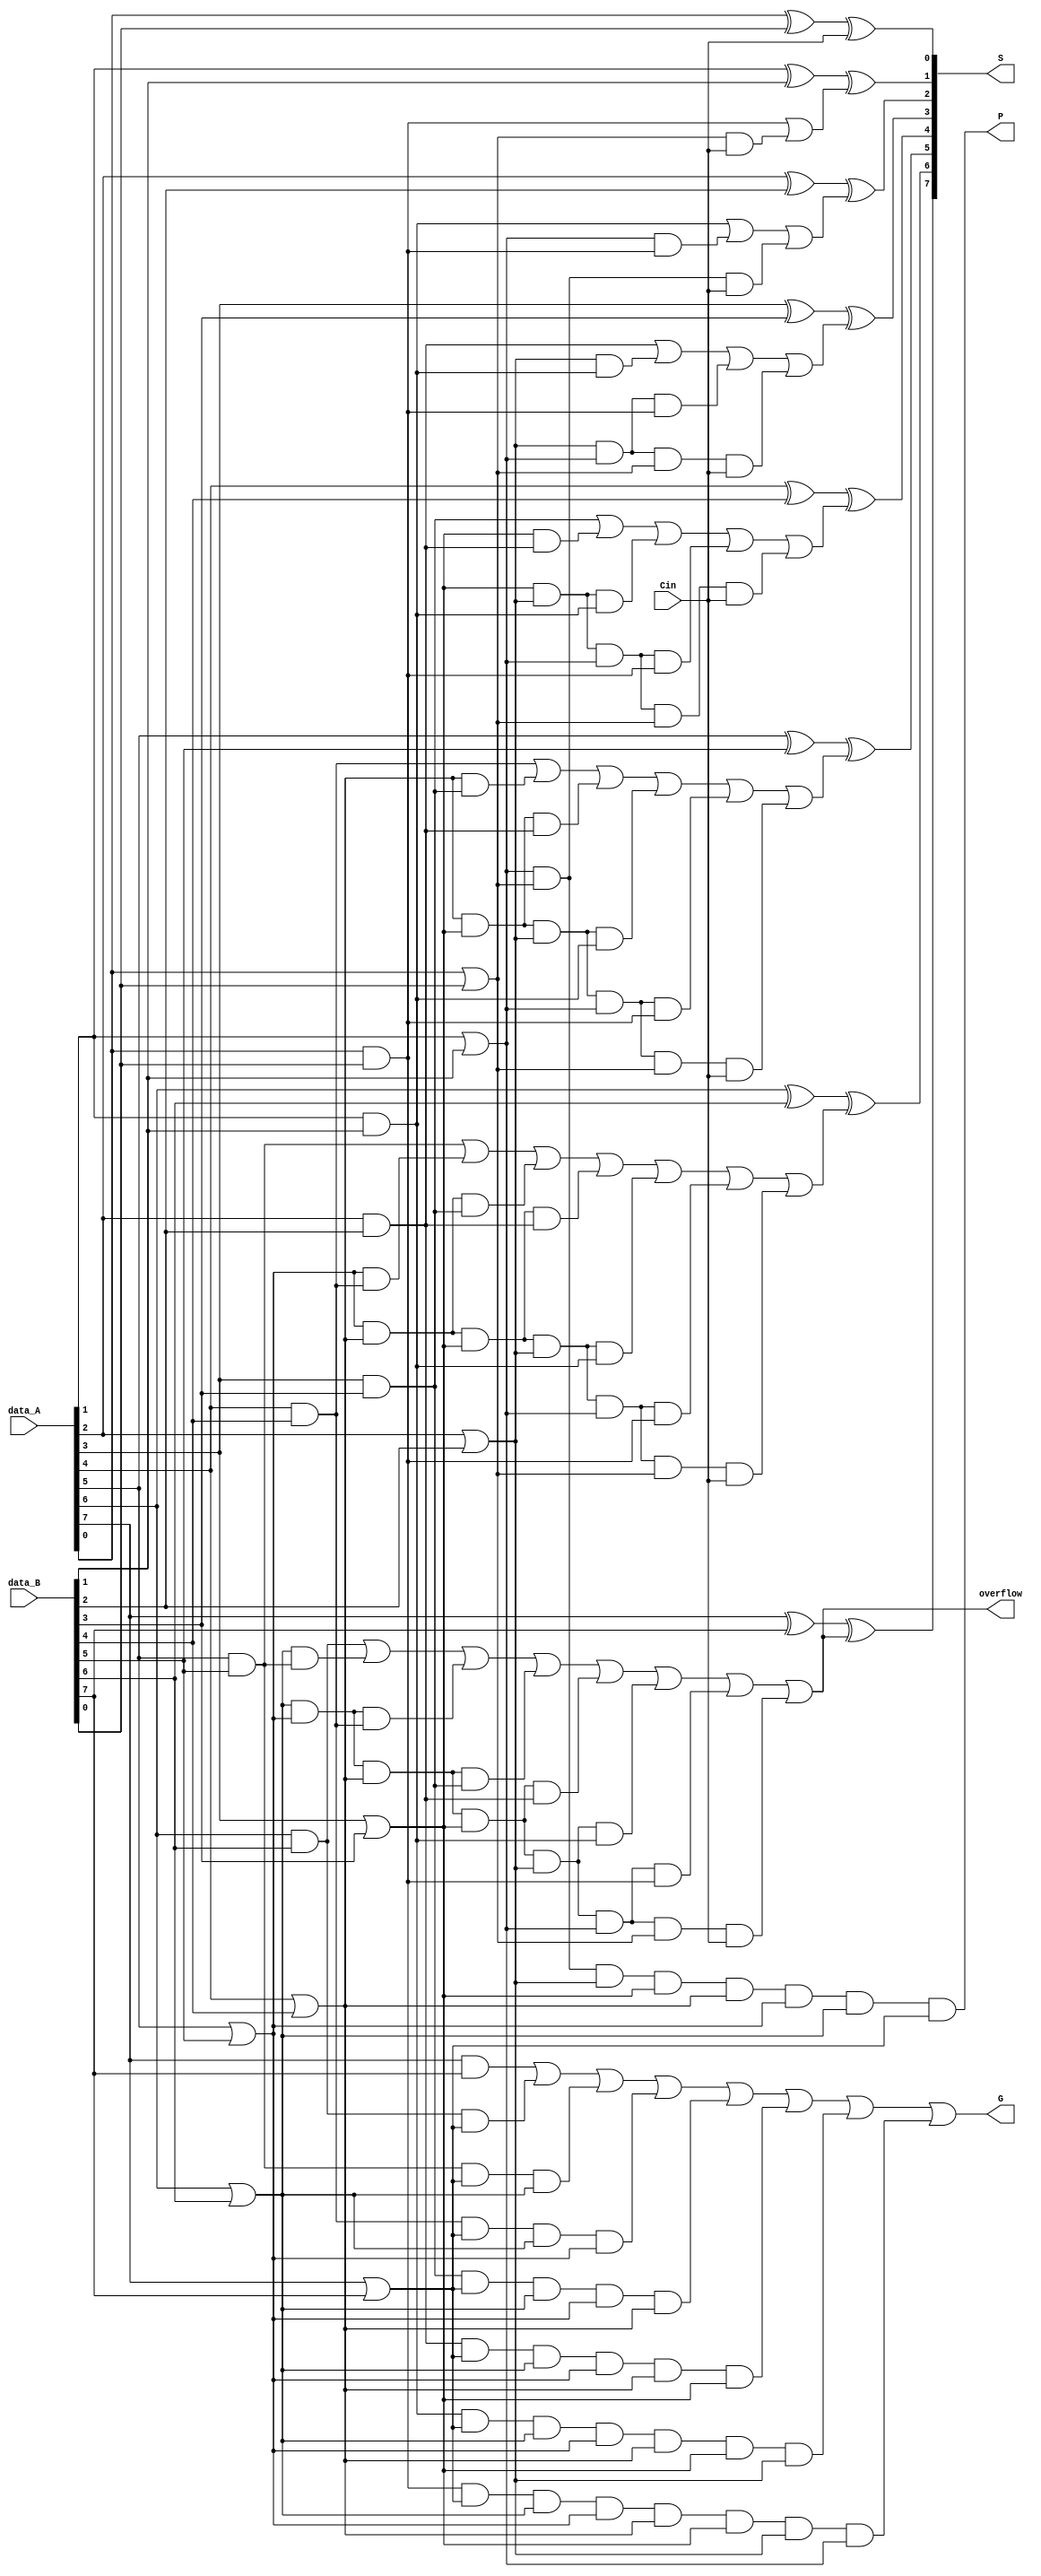
module cl_sub_adder(data_A, data_B, Cin, S, G, P, overflow);
    input [7:0] data_A, data_B;
    input Cin;
    output [7:0] S;
    output G, P, overflow;

    wire [7:0] g, p, c;
    //G[i] = A[i]  B[i] (i.e. data_A && data_B)
    and AND1(g[0], data_A[0], data_B[0]);
    and AND2(g[1], data_A[1], data_B[1]);
    and AND3(g[2], data_A[2], data_B[2]);
    and AND4(g[3], data_A[3], data_B[3]);
    and AND5(g[4], data_A[4], data_B[4]);
    and AND6(g[5], data_A[5], data_B[5]);
    and AND7(g[6], data_A[6], data_B[6]);
    and AND8(g[7], data_A[7], data_B[7]);
    //P[i] = A[i] or B[i] (bitwise)
    or or1(p[0], data_A[0], data_B[0]);
    or or2(p[1], data_A[1], data_B[1]);
    or or3(p[2], data_A[2], data_B[2]);
    or or4(p[3], data_A[3], data_B[3]);
    or or5(p[4], data_A[4], data_B[4]);
    or or6(p[5], data_A[5], data_B[5]);
    or or7(p[6], data_A[6], data_B[6]);
    or or8(p[7], data_A[7], data_B[7]);

    //now that we have defined p, g, we can define Ci
    //c[i + 1] = gi + pi gi-1 + pi pi-1 gi-2 + ... + pi pi-1 .. p1 g0 + pi pi-1 ... p1 p0 c0
    //c0
    assign c[0] = Cin;
    //c1 = g0 + p0c0
    wire wc1;
    and andC1(wc1, p[0], c[0]);
    or orC1(c[1], g[0], wc1);
    //c2 = g1 + p1g0 + p1p0c0
    wire wc21, wc22;
    and andC21(wc21, p[1], g[0]);
    and andC22(wc22, p[1], p[0], c[0]);
    or orC2(c[2], g[1], wc21, wc22);
    //c3 = g2 + p2g1 + p2p1g0 + p2p1p0c0
    wire wc31, wc32, wc33;
    and andC31(wc31, p[2], g[1]);
    and andC32(wc32, p[2], p[1], g[0]);
    and andC33(wc33, p[2], p[1], p[0], c[0]);
    or orC3(c[3], g[2], wc31, wc32, wc33);
    //c4 = g3 + p3g2 + p3p2g1 + p3p2p1g0 + p3p2p1p0c0
    wire wc41, wc42, wc43, wc44;
    and andC41(wc41, p[3], g[2]);
    and andC42(wc42, p[3], p[2], g[1]);
    and andC43(wc43, p[3], p[2], p[1], g[0]);
    and andC44(wc44, p[3], p[2], p[1], p[0], c[0]);
    or orC4(c[4], g[3], wc41, wc42, wc43, wc44);
    //c5 = g4 + p4g3 + p4p3g2 + p4p3p2g1 + p4p3p2p1g0 + p4p3p2p1p0c0
    wire wc51, wc52, wc53, wc54, wc55;
    and andC51(wc51, p[4], g[3]);
    and andC52(wc52, p[4], p[3], g[2]);
    and andC53(wc53, p[4], p[3], p[2], g[1]);
    and andC54(wc54, p[4], p[3], p[2], p[1], g[0]);
    and andC55(wc55, p[4], p[3], p[2], p[1], p[0], c[0]);
    or orC5(c[5], g[4], wc51, wc52, wc53, wc54, wc55);
    //c6 = g5 + p5g4 + p5p4g3 + p5p4p3g2 + p5p4p3p2g1 + p5p4p3p2p1g0 + p5p4p3p2p1p0c0
    wire wc61, wc62, wc63, wc64, wc65, wc66;
    and andC61(wc61, p[5], g[4]);
    and andC62(wc62, p[5], p[4], g[3]);
    and andC63(wc63, p[5], p[4], p[3], g[2]);
    and andC64(wc64, p[5], p[4], p[3], p[2], g[1]);
    and andC65(wc65, p[5], p[4], p[3], p[2], p[1], g[0]);
    and andC66(wc66, p[5], p[4], p[3], p[2], p[1], p[0], c[0]);
    or orC6(c[6], g[5], wc61, wc62, wc63, wc64, wc65, wc66);
    //c7 = g6 + p6g5 + p6p5g4 + p6p5p4g3 + p6p5p4p3g2 + p6p5p4p3p2g1 + p6p5p4p3p2p1g0 + p6p5p4p3p2p1p0g0
    wire wc71, wc72, wc73, wc74, wc75, wc76, wc77;
    and andC71(wc71, p[6], g[5]);
    and andC72(wc72, p[6], p[5], g[4]);
    and andC73(wc73, p[6], p[5], p[4], g[3]);
    and andC74(wc74, p[6], p[5], p[4], p[3], g[2]);
    and andC75(wc75, p[6], p[5], p[4], p[3], p[2], g[1]);
    and andC76(wc76, p[6], p[5], p[4], p[3], p[2], p[1], g[0]);
    and andC77(wc77, p[6], p[5], p[4], p[3], p[2], p[1], p[0], c[0]);
    or orC7(c[7], g[6], wc71, wc72, wc73, wc74, wc75, wc76, wc77);

    //once all c[0...7] are calculated, bitwise sums
    xor XOR0(S[0], data_A[0], data_B[0], c[0]);
    xor XOR1(S[1], data_A[1], data_B[1], c[1]);
    xor XOR2(S[2], data_A[2], data_B[2], c[2]);
    xor XOR3(S[3], data_A[3], data_B[3], c[3]);
    xor XOR4(S[4], data_A[4], data_B[4], c[4]);
    xor XOR5(S[5], data_A[5], data_B[5], c[5]);
    xor XOR6(S[6], data_A[6], data_B[6], c[6]);
    xor XOR7(S[7], data_A[7], data_B[7], c[7]);

    //P0 = p0p1p2p3p4p5p6p7
    and andP(P, p[0], p[1], p[2], p[3], p[4], p[5], p[6], p[7]);
    
    //G0 = g7 + p7g6 + p7p6 g5 + p7p6p5 g4 + ... + p7p6p5p4p3p2p1 g0
    wire wG1, wG2, wG3, wG4, wG5, wG6, wG7;
    and andG1(wG1, g[6], p[7]);
    and andG2(wG2, g[5], p[7], p[6]);
    and andG3(wG3, g[4], p[7], p[6], p[5]);
    and andG4(wG4, g[3], p[7], p[6], p[5], p[4]);
    and andG5(wG5, g[2], p[7], p[6], p[5], p[4], p[3]);
    and andG6(wG6, g[1], p[7], p[6], p[5], p[4], p[3], p[2]);
    and andG7(wG7, g[0], p[7], p[6], p[5], p[4], p[3], p[2], p[1]);
    or orG(G, g[7], wG1, wG2, wG3, wG4, wG5, wG6, wG7);

    assign overflow = c[7];

endmodule